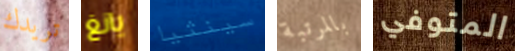
تريدك يانغ سينثيا بالمرتبة المتوفي